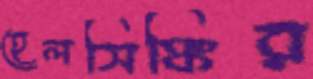
হেলসিঙ্কির